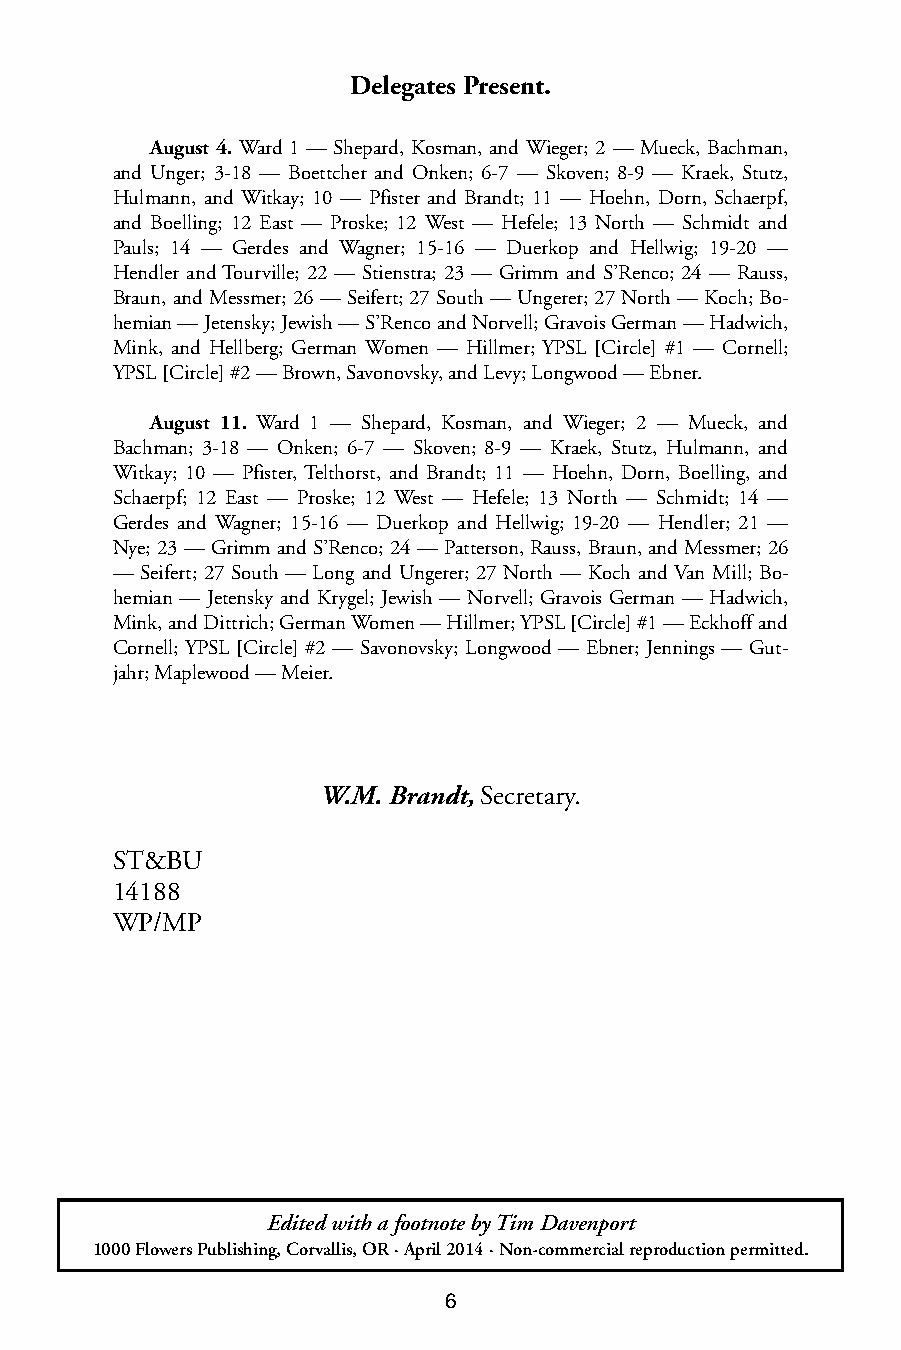
Delegates Present.
 August 4. Ward 1 — Shepard, Kosman, and Wieger; 2 — Mueck, Bachman,
 and Unger; 3-18 — Boettcher and Onken; 6-7 — Skoven; 8-9 — Kraek, Stutz,
 Hulmann, and Witkay; 10 — Pfister and Brandt; 11 — Hoehn, Dorn, Schaerpf,
 and Boelling; 12 East — Proske; 12 West — Hefele; 13 North — Schmidt and
 Pauls; 14 — Gerdes and Wagner; 15-16 — Duerkop and Hellwig; 19-20 —
 Hendler and Tourville; 22 — Stienstra; 23 — Grimm and S’Renco; 24 — Rauss,
 Braun, and Messmer; 26 — Seifert; 27 South — Ungerer; 27 North — Koch; Bo-
 hemian — Jetensky; Jewish — S’Renco and Norvell; Gravois German — Hadwich,
 Mink, and Hellberg; German Women — Hillmer; YPSL [Circle] #1 — Cornell;
 YPSL [Circle] #2 — Brown, Savonovsky, and Levy; Longwood — Ebner.
 August 11. Ward 1 — Shepard, Kosman, and Wieger; 2 — Mueck, and
 Bachman; 3-18 — Onken; 6-7 — Skoven; 8-9 — Kraek, Stutz, Hulmann, and
 Witkay; 10 — Pfister, Telthorst, and Brandt; 11 — Hoehn, Dorn, Boelling, and
 Schaerpf; 12 East — Proske; 12 West — Hefele; 13 North — Schmidt; 14 —
 Gerdes and Wagner; 15-16 — Duerkop and Hellwig; 19-20 — Hendler; 21 —
 Nye; 23 — Grimm and S’Renco; 24 — Patterson, Rauss, Braun, and Messmer; 26
 — Seifert; 27 South — Long and Ungerer; 27 North — Koch and Van Mill; Bo-
 hemian — Jetensky and Krygel; Jewish — Norvell; Gravois German — Hadwich,
 Mink, and Dittrich; German Women — Hillmer; YPSL [Circle] #1 — Eckhoff and
 Cornell; YPSL [Circle] #2 — Savonovsky; Longwood — Ebner; Jennings — Gut-
 jahr; Maplewood — Meier.
 W.M. Brandt, Secretary.
 ST&BU
 14188
 WP/MP
 Edited with a footnote by Tim Davenport
 1000 Flowers Publishing, Corvallis, OR · April 2014 · Non-commercial reproduction permitted.
 6